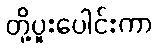
တို့ပူးပေါင်းကာ